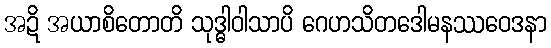
အဍိ အယာစိတောတိ သုဒ္ဓါဝါသာပိ ဂေဟသိတဒေါမနဿဝေဒနာ